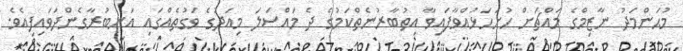
މުޙަންމަދު ނާޒިމްގެ މައްޗަށް ހުށަހަޅުއްވާފައިވާ އިތުބާރުނެތްކަމުގެ ދެ މައްސަލަ މިއަދުގެ ވަގުތެއްގައި އަނބުރާގެންދަވައިފިއެވެ.